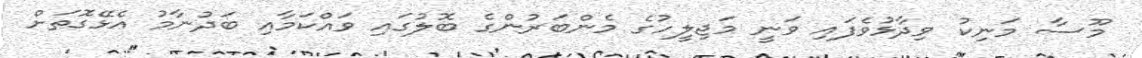
މޫސާ މަނިކު ވިދާޅުވެފައި ވަނީ މަޖިލީހުގެ މެންބަރުންގެ ބޮލުގައި ވައްކަމާއި ބަދުނާމު އެޅޭގޮތަށް